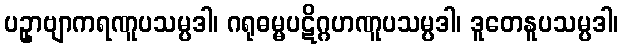
ပဥှာဗျာကရဏူပသမ္ပဒါ၊ ဂရုဓမ္မပဋိဂ္ဂဟဏူပသမ္ပဒါ၊ ဒူတေနူပသမ္ပဒါ၊